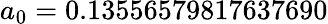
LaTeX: a_{0}=0.13556579817637690